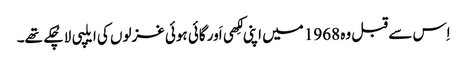
اِس سے قبل وہ 1968 میں اپنی لِکھی اَور گائی ہوئی غزلوں کی ایلپی لا چُکے تھے۔